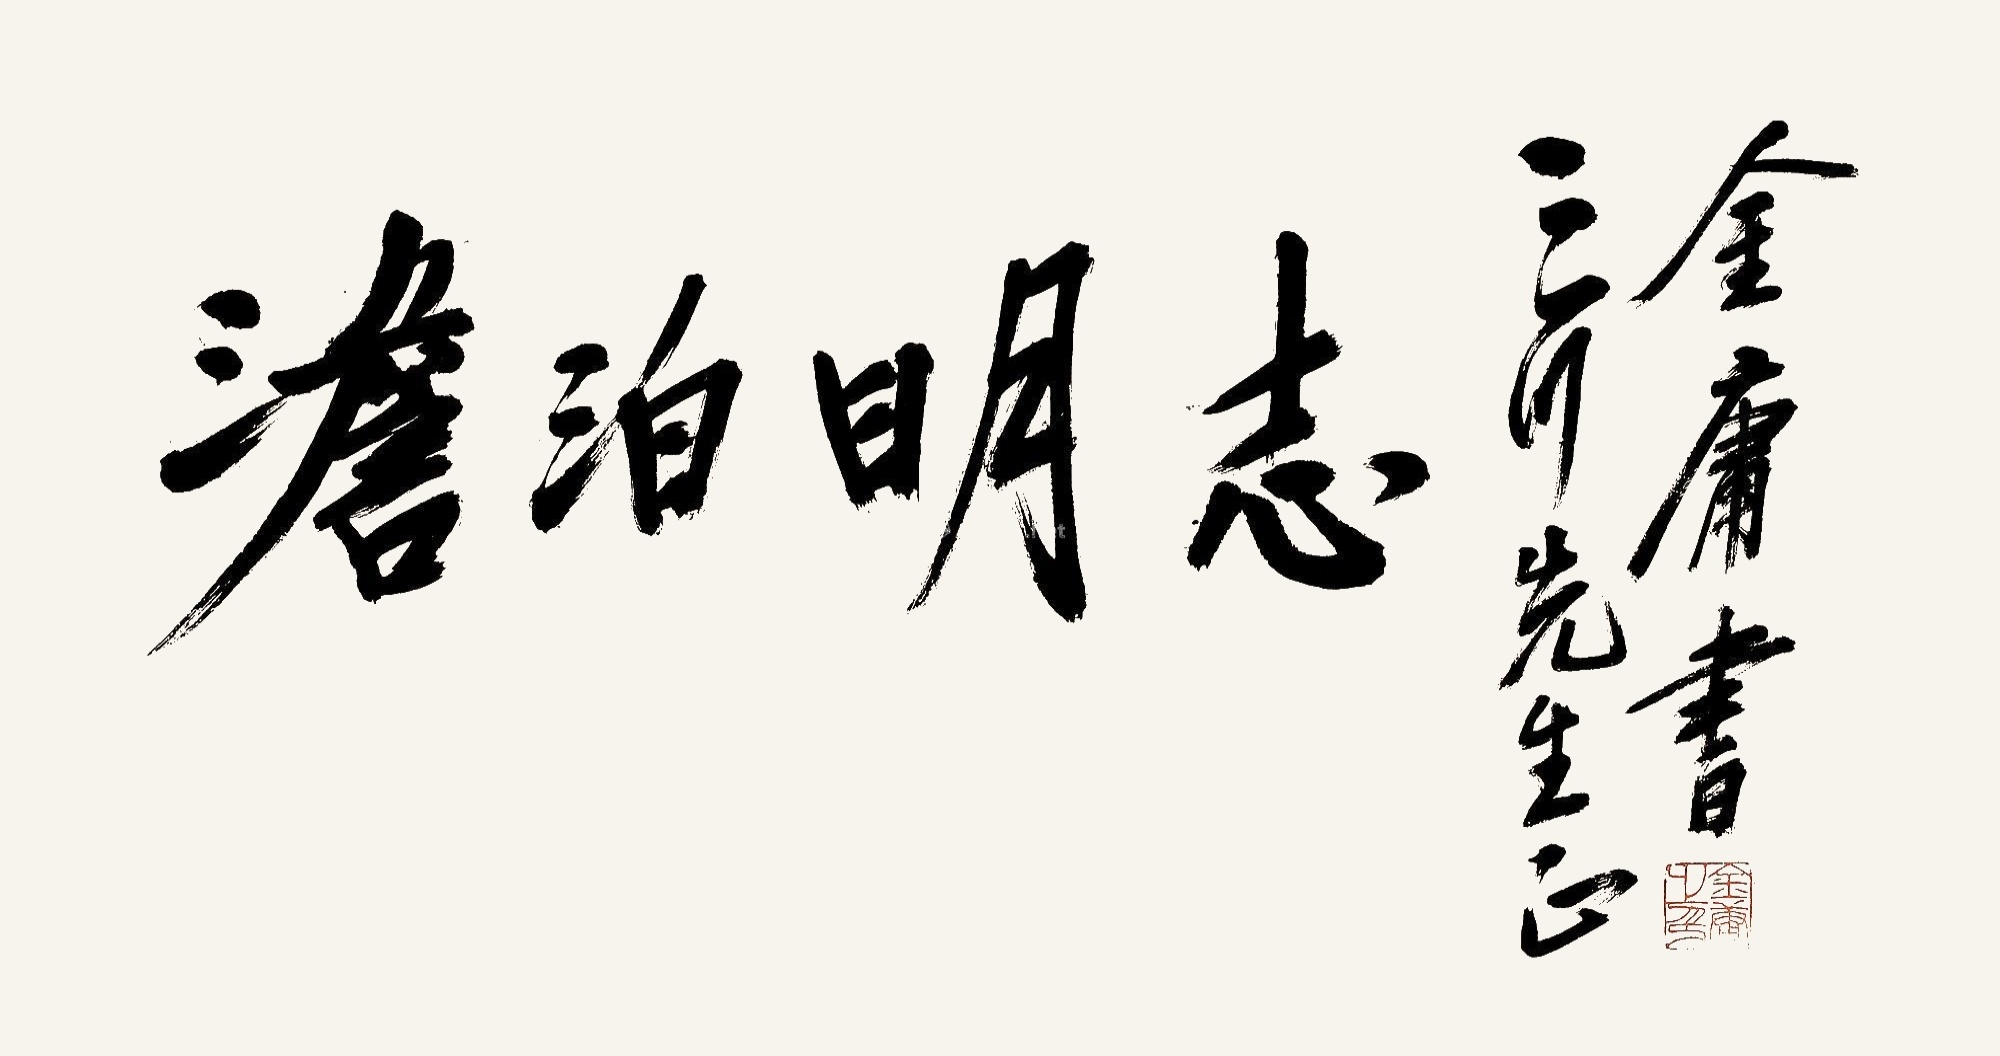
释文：淡泊明志。三川先生正。金庸书。